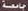
جامعة